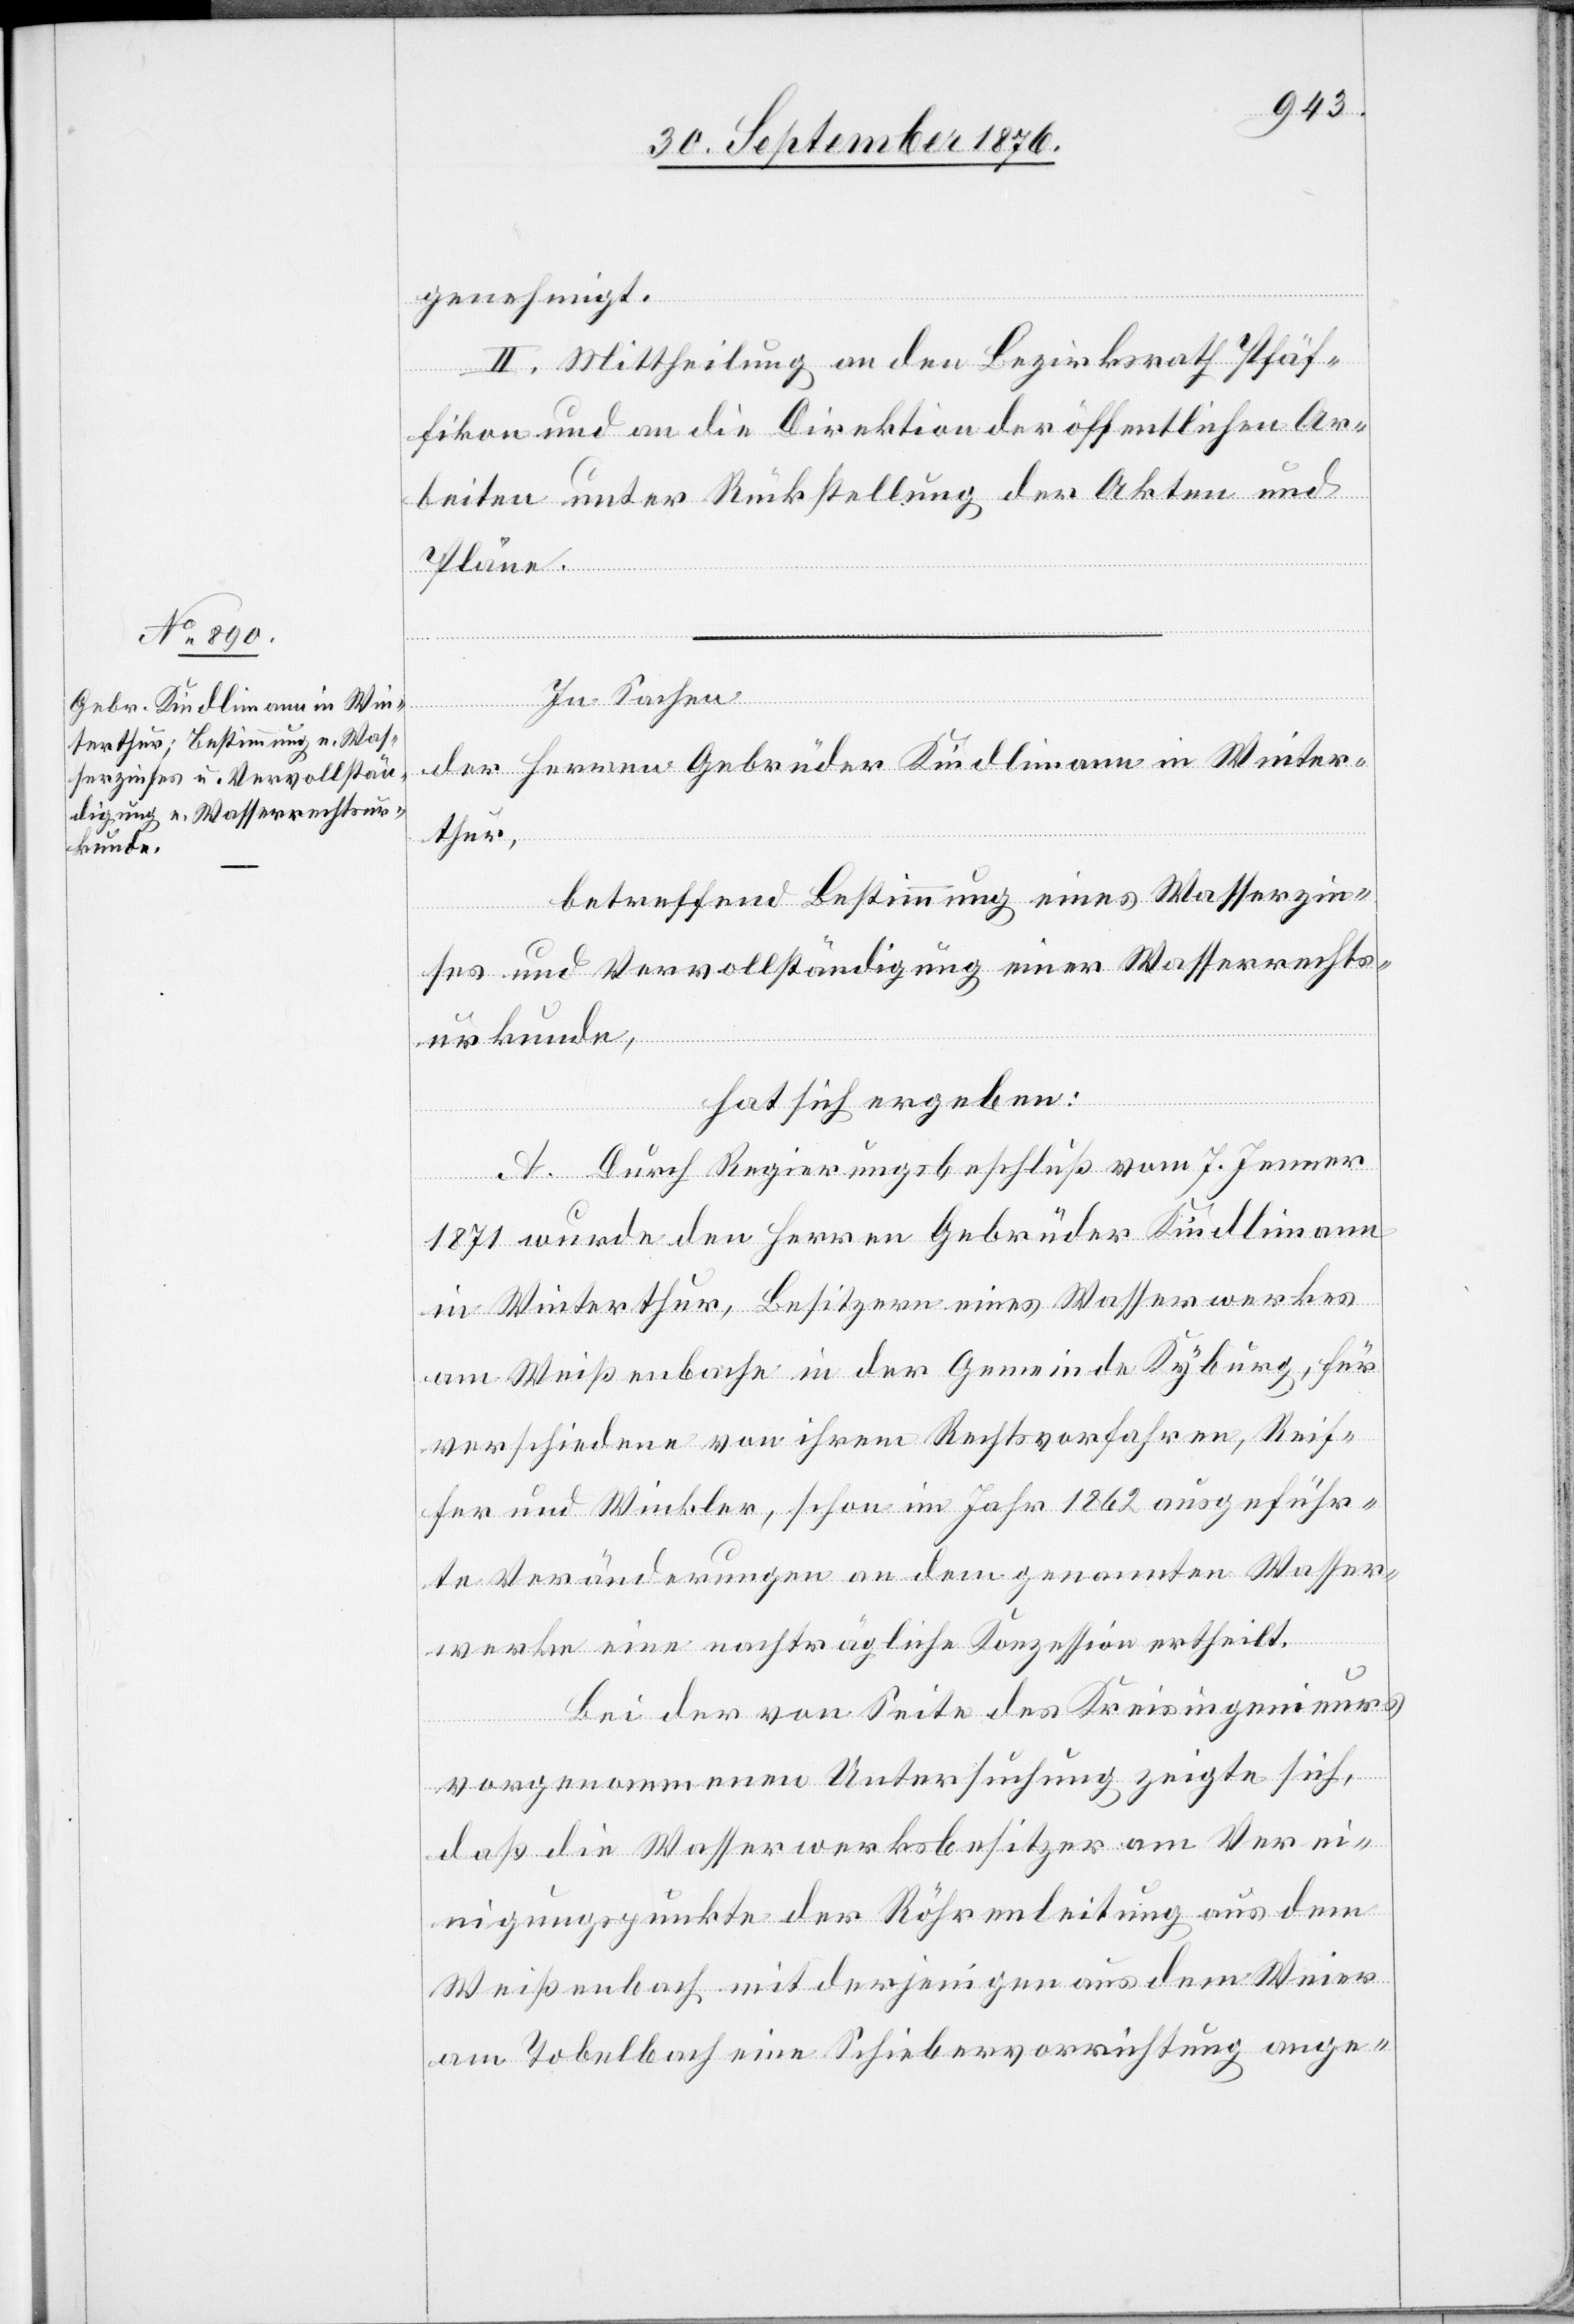
genehmigt.
II. Mittheilung an den Bezirksrath Pfäf¬
fikon und an die Direktion der öffentlichen Ar¬
beiten unter Rückstellung der Akten und
Pläne.
In Sachen
der Herren Gebrüder Kindlimann in Winter¬
thur,
betreffend Bestimmung eines Wasserzin¬
ses und Vervollständigung einer Wasserrechts¬
urkunde,
hat sich ergeben:
A. Durch Regierungsbeschluß vom 7. Jenner
1871 wurde den Herren Gebrüder Kindlimann
in Winterthur, Besitzern eines Wasserwerkes
am Weißenbache in der Gemeinde Kyburg, für
verschiedene von ihrem [recte: ihren] Rechtsvorfahren, Reif¬
er und Winkler, schon im Jahr 1862 ausgeführ¬
ten Veränderungen an dem genannten Wasser¬
werke eine nachträgliche Konzession ertheilt.
Bei der von Seite des Kreisingenieurs
vorgenommenen Untersuchung zeigte sich,
daß die Wasserwerksbesitzer am Verei¬
nigungspunkte der Röhrenleitung aus dem
Weißenbach mit derjenigen aus dem Weier
am Tobelbach eine Schiebervorrichtung ange-